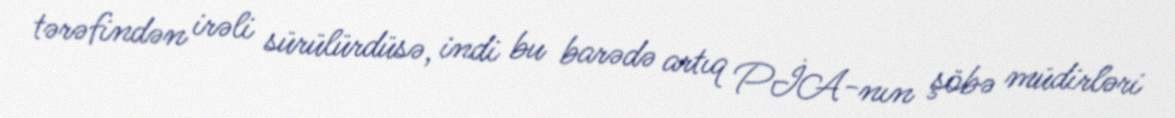
tərəfindən irəli sürülürdüsə, indi bu barədə artıq PİA-nın şöbə müdirləri